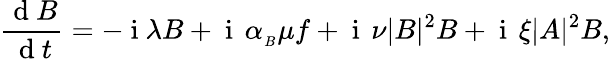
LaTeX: \frac{\mathrm{~d~}B}{\mathrm{~d~}t}=-\mathrm{~i~}\lambda B+\mathrm{~i~}\, \alpha_{_B}\mu f+\mathrm{~i~}\, \nu|B|^{2}B+\mathrm{~i~}\, \xi|A|^{2}B,